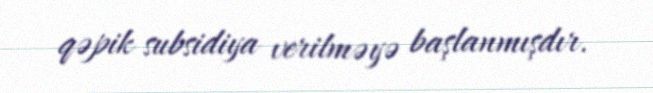
qəpik subsidiya verilməyə başlanmışdır.